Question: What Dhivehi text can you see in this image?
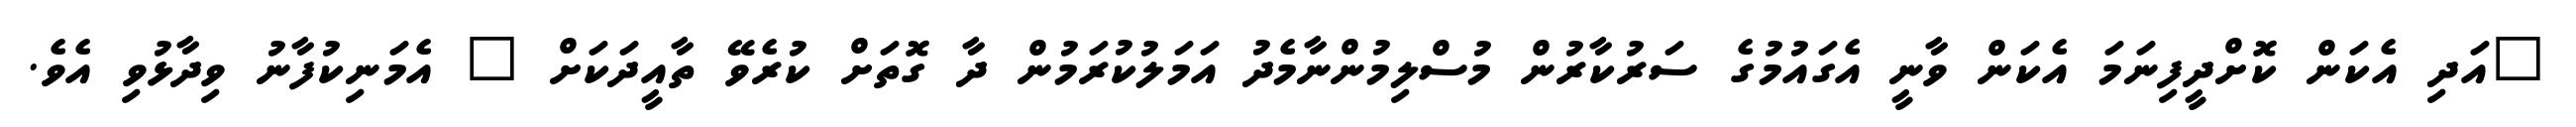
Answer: "އަދި އެކަން ކޮށްދީފިނަމަ އެކަން ވާނީ އެގައުމުގެ ސަރުކާރުން މުސްލިމުންނާމެދު އަމަލުކުރަމުން ދާ ގޮތަށް ކުރެވޭ ތާއީދަކަށް " އެމަނިކުފާނު ވިދާޅުވި އެވެ.